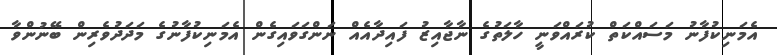
އެމަނިކުފާނު މަސައްކަތް ކުރައްވަނީ ހާލަތުގެ ނާޖާއިޒު ފައިދާއެއް ނަންގަވައިގެން އެމަނިކުފާނުގެ މަދަދުވެރިން ބޭނުންވާ